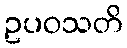
ဥပဝသတိ